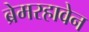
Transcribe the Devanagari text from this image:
ब्रेमरहावेन